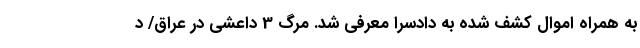
به همراه اموال کشف شده به دادسرا معرفی شد. مرگ 3 داعشی در عراق/ د